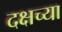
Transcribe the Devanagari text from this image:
दक्षच्या